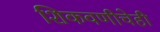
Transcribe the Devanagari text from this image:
शिकवणीचेही